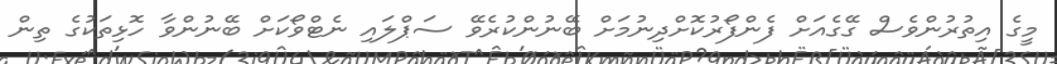
މީގެ އިތުރުންވެސް ގޭގެއަށް ފެންފޯރުކޮށްދިނުމަށް ބޭނުންކުރެވޭ ސަޕްލައި ނެޓްވޯކަށް ބޭނުންވާ ހޮޅިތަކުގެ ތިން